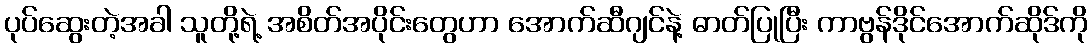
ပုပ်ဆွေးတဲ့အခါ သူတို့ရဲ့ အစိတ်အပိုင်းတွေဟာ အောက်ဆီဂျင်နဲ့ ဓာတ်ပြုပြီး ကာဗွန်ဒိုင်အောက်ဆိုဒ်ကို